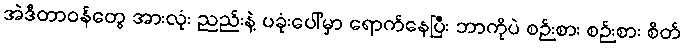
အဲဒီတာဝန်တွေ အားလုံး ညည်းနဲ့ ပခုံးပေါ်မှာ ရောက်နေပြီး ဘာကိုပဲ စဉ်းစား စဉ်းစား စိတ်